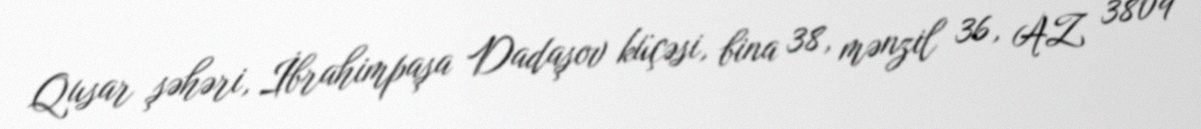
Qusar şəhəri, İbrahimpaşa Dadaşov küçəsi, bina 38, mənzil 36, AZ 3809